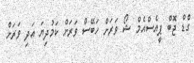
ގްޑް ޖޮބް ޕީއެސްއެމް ޝޯ ވަރަށް ހަބޭސް ވަރަށް ކަމުދިޔަ އަދި ވަރަށް